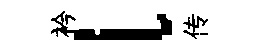
衿l传